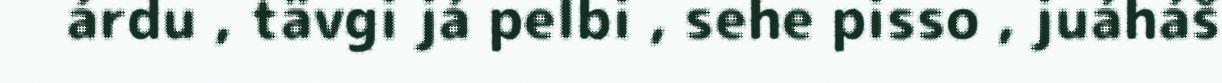
árdu , tävgi já pelbi , sehe pisso , juáháš